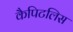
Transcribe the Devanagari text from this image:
कैपिटलिस